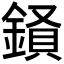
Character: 𮢧